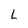
Character: 6